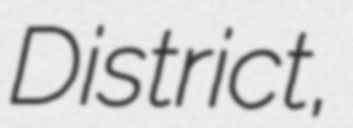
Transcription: District,